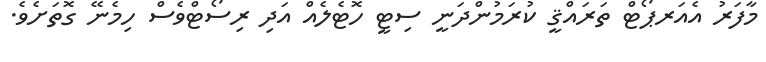
މާފަރު އެއަރޕޯޓް ތަރައްޤީ ކުރަމުންދަނީ ސިޓީ ހޮޓެލެއް އަދި ރިސޯޓްވެސް ހިމެނޭ ގޮތަށެވެ.